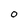
Character: 0